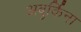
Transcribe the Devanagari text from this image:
अबुर्किना